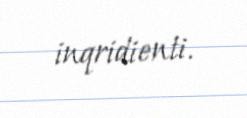
inqridienti.